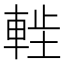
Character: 𫏷